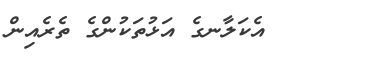
އެކަލާނގެ އަޅުތަކުންގެ ތެރެއިން